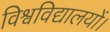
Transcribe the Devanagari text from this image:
विश्वविद्यालयों।